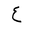
Letter: _ayn